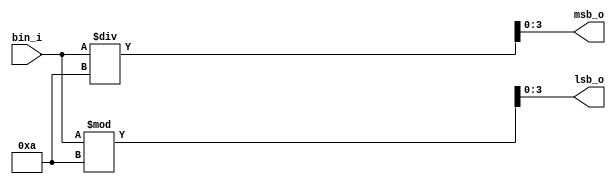
// ENGR_190 bin2bcd James Hicks 03/07/2023

module bin2bcd
  (
    input  [6:0] bin_i,
    output [3:0] msb_o,
    output [3:0] lsb_o
  );
  assign msb_o = bin_i / 10;
  assign lsb_o = bin_i % 10;
endmodule